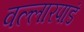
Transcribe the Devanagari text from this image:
वल्लारपाडं